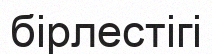
бірлестігі